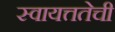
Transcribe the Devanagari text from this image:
स्वायत्ततेची